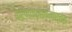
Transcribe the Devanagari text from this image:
करणकमलमार्तंड